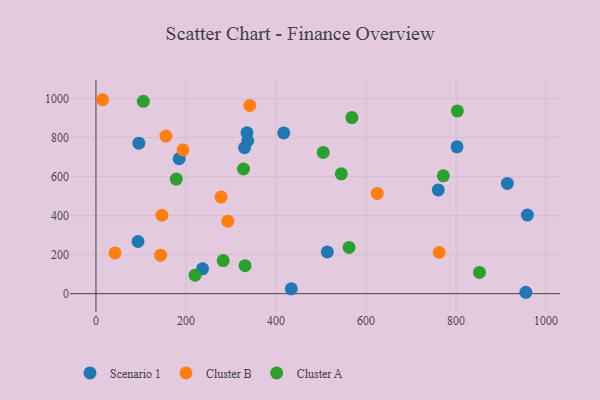
{"axis": {"x": "Distance", "y": "Exam Score"}, "legend": ["Cluster A", "Cluster B", "Scenario 1"], "data": [{"x": "335.4", "y": 824.9, "type": "Scenario 1"}, {"x": "95.2", "y": 771.2, "type": "Scenario 1"}, {"x": "955.0", "y": 7.0, "type": "Scenario 1"}, {"x": "760.4", "y": 531.6, "type": "Scenario 1"}, {"x": "913.9", "y": 565.3, "type": "Scenario 1"}, {"x": "184.8", "y": 691.7, "type": "Scenario 1"}, {"x": "330.1", "y": 748.0, "type": "Scenario 1"}, {"x": "434.0", "y": 24.5, "type": "Scenario 1"}, {"x": "514.0", "y": 214.0, "type": "Scenario 1"}, {"x": "236.7", "y": 127.4, "type": "Scenario 1"}, {"x": "802.1", "y": 752.8, "type": "Scenario 1"}, {"x": "417.2", "y": 824.0, "type": "Scenario 1"}, {"x": "93.4", "y": 267.3, "type": "Scenario 1"}, {"x": "337.1", "y": 783.8, "type": "Scenario 1"}, {"x": "958.4", "y": 403.0, "type": "Scenario 1"}, {"x": "14.8", "y": 994.2, "type": "Cluster B"}, {"x": "277.9", "y": 495.3, "type": "Cluster B"}, {"x": "341.8", "y": 964.7, "type": "Cluster B"}, {"x": "143.5", "y": 197.3, "type": "Cluster B"}, {"x": "293.0", "y": 371.5, "type": "Cluster B"}, {"x": "42.2", "y": 208.6, "type": "Cluster B"}, {"x": "762.5", "y": 210.9, "type": "Cluster B"}, {"x": "146.5", "y": 401.9, "type": "Cluster B"}, {"x": "624.9", "y": 513.6, "type": "Cluster B"}, {"x": "155.4", "y": 807.6, "type": "Cluster B"}, {"x": "193.5", "y": 736.6, "type": "Cluster B"}, {"x": "105.2", "y": 986.0, "type": "Cluster A"}, {"x": "802.9", "y": 936.6, "type": "Cluster A"}, {"x": "545.1", "y": 614.1, "type": "Cluster A"}, {"x": "771.7", "y": 603.9, "type": "Cluster A"}, {"x": "327.8", "y": 639.0, "type": "Cluster A"}, {"x": "562.3", "y": 237.0, "type": "Cluster A"}, {"x": "178.4", "y": 587.3, "type": "Cluster A"}, {"x": "282.6", "y": 169.6, "type": "Cluster A"}, {"x": "852.0", "y": 108.6, "type": "Cluster A"}, {"x": "331.2", "y": 143.5, "type": "Cluster A"}, {"x": "504.9", "y": 724.0, "type": "Cluster A"}, {"x": "568.6", "y": 902.9, "type": "Cluster A"}, {"x": "220.2", "y": 94.9, "type": "Cluster A"}]}